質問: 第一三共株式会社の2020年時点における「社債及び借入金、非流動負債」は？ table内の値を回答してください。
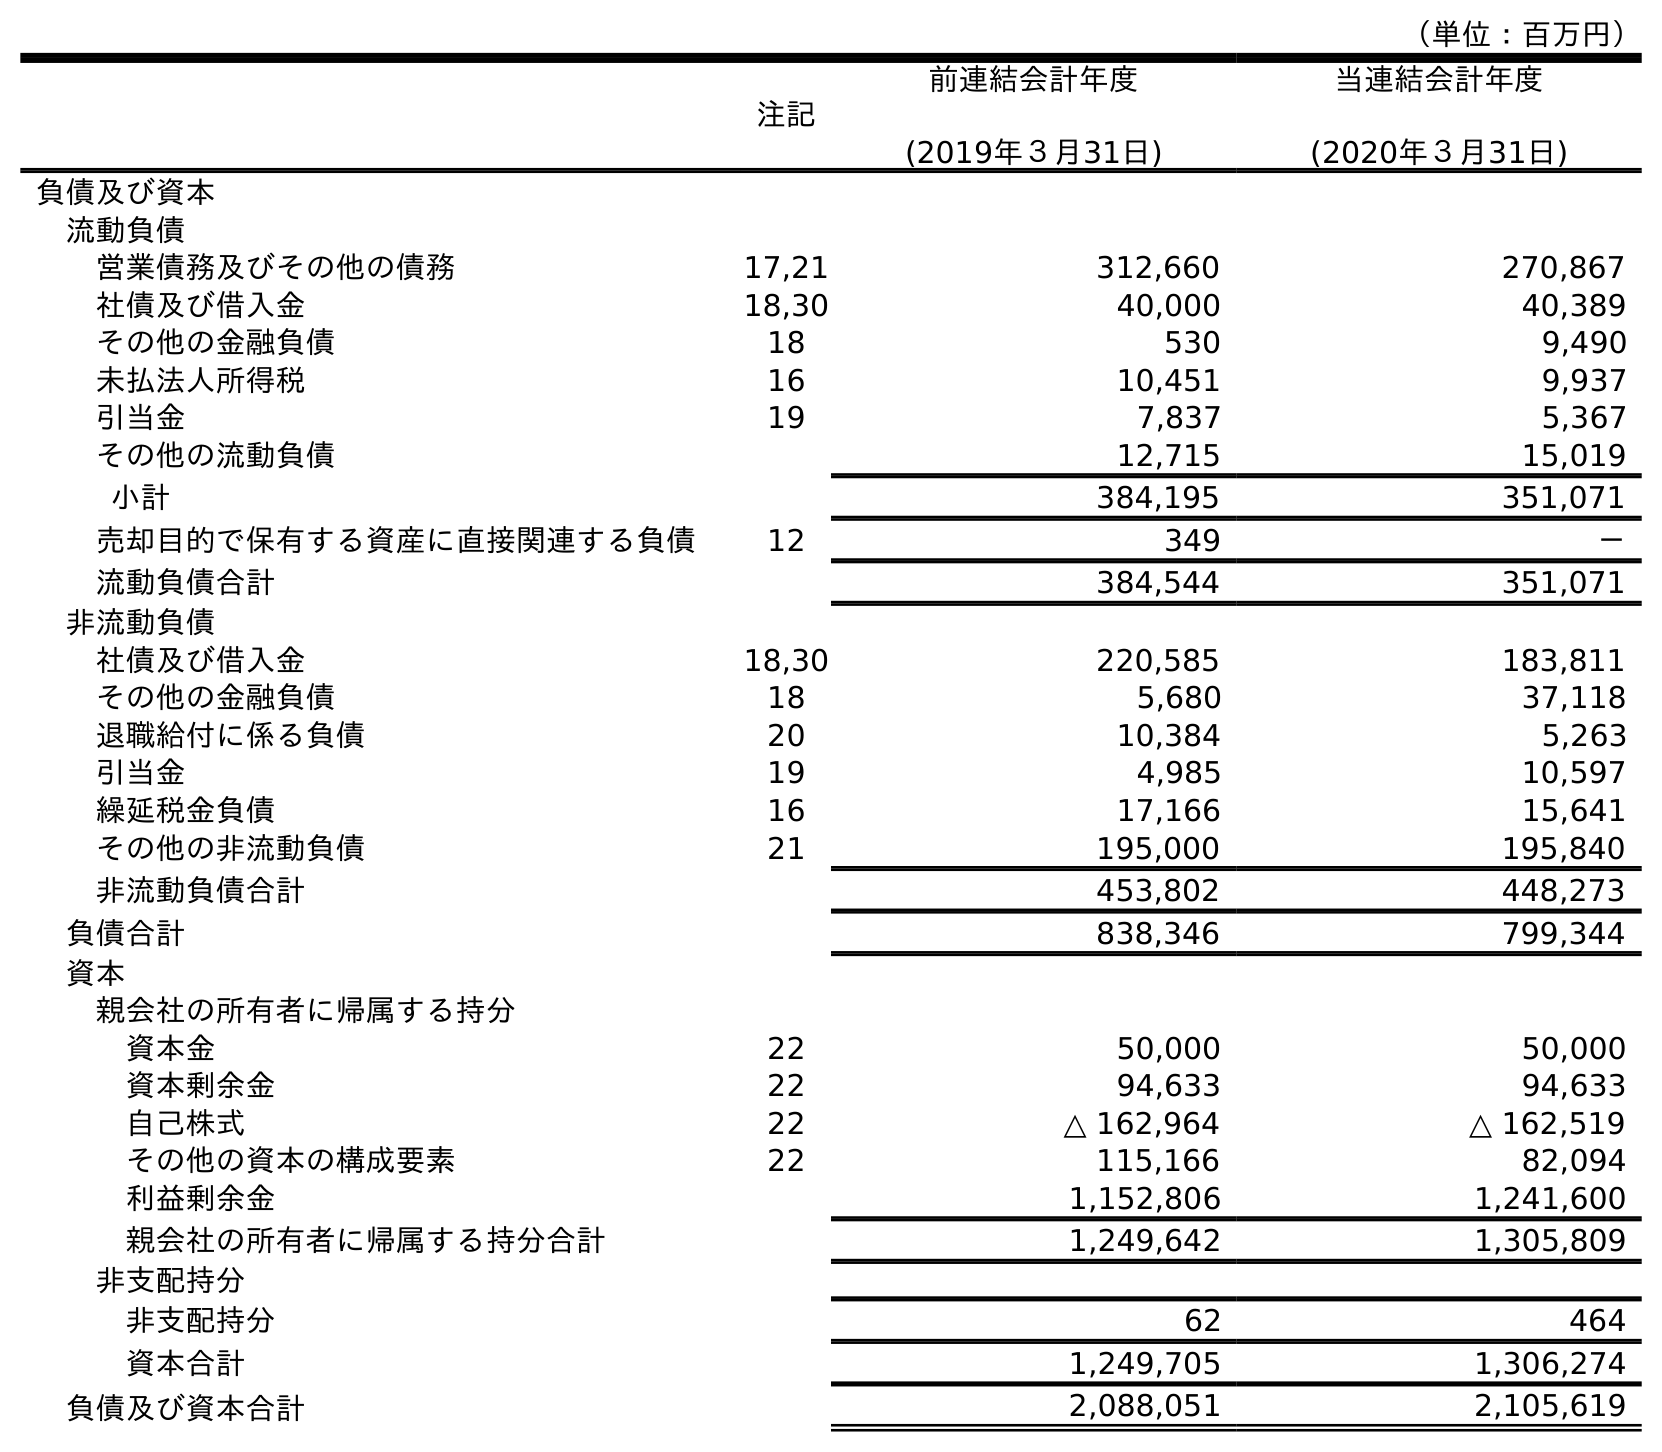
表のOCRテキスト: （単位：百万円） 注記 前連結会計年度 (2019年３月31日) 当連結会計年度 (2020年３月31日) 負債及び資本 流動負債 営業債務及びその他の債務 17,21 312,660 270,867 社債及び借入金 18,30 40,000 40,389 その他の金融負債 18 530 9,490 未払法人所得税 16 10,451 9,937 引当金 19 7,837 5,367 その他の流動負債 12,715 15,019 小計 384,195 351,071 売却目的で保有する資産に直接関連する負債 12 349 － 流動負債合計 384,544 351,071 非流動負債 社債及び借入金 18,30 220,585 183,811 その他の金融負債 18 5,680 37,118 退職給付に係る負債 20 10,384 5,263 引当金 19 4,985 10,597 繰延税金負債 16 17,166 15,641 その他の非流動負債 21 195,000 195,840 非流動負債合計 453,802 448,273 負債合計 838,346 799,344 資本 親会社の所有者に帰属する持分 資本金 22 50,000 50,000 資本剰余金 22 94,633 94,633 自己株式 22 △ 162,964 △ 162,519 その他の資本の構成要素 22 115,166 82,094 利益剰余金 1,152,806 1,241,600 親会社の所有者に帰属する持分合計 1,249,642 1,305,809 非支配持分 非支配持分 62 464 資本合計 1,249,705 1,306,274 負債及び資本合計 2,088,051 2,105,619
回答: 183,811